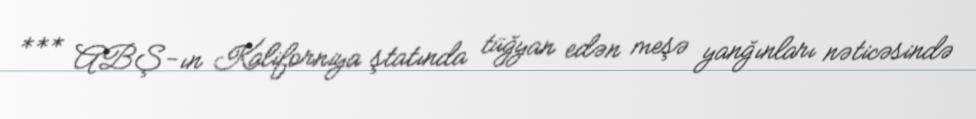
*** ABŞ-ın Kaliforniya ştatında tüğyan edən meşə yanğınları nəticəsində